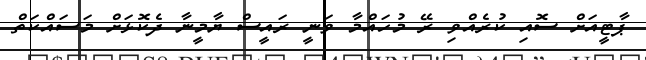
ޕާޓީއަށް ސޮއި ކުރެއްވި ރޭ މުހައްމާ ވަނީ ރައީސް ޔާމީނާ ދެކޮޅަށް މަސައްކަތް